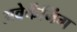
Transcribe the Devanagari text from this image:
अवेकेंनिंग